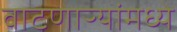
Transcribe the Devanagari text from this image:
वाटणाऱ्यांमध्ये